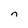
Character: n